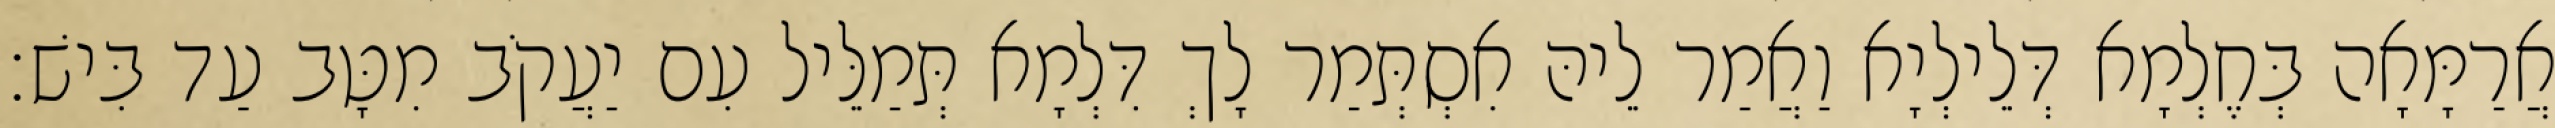
אֲרַמָּאָה בְּחֶלְמָא דְּלֵילְיָא וַאֲמַר לֵיהּ אִסְתְּמַר לָךְ דִּלְמָא תְּמַלֵּיל עִם יַעֲקֹב מִטָּב עַד בִּישׁ׃